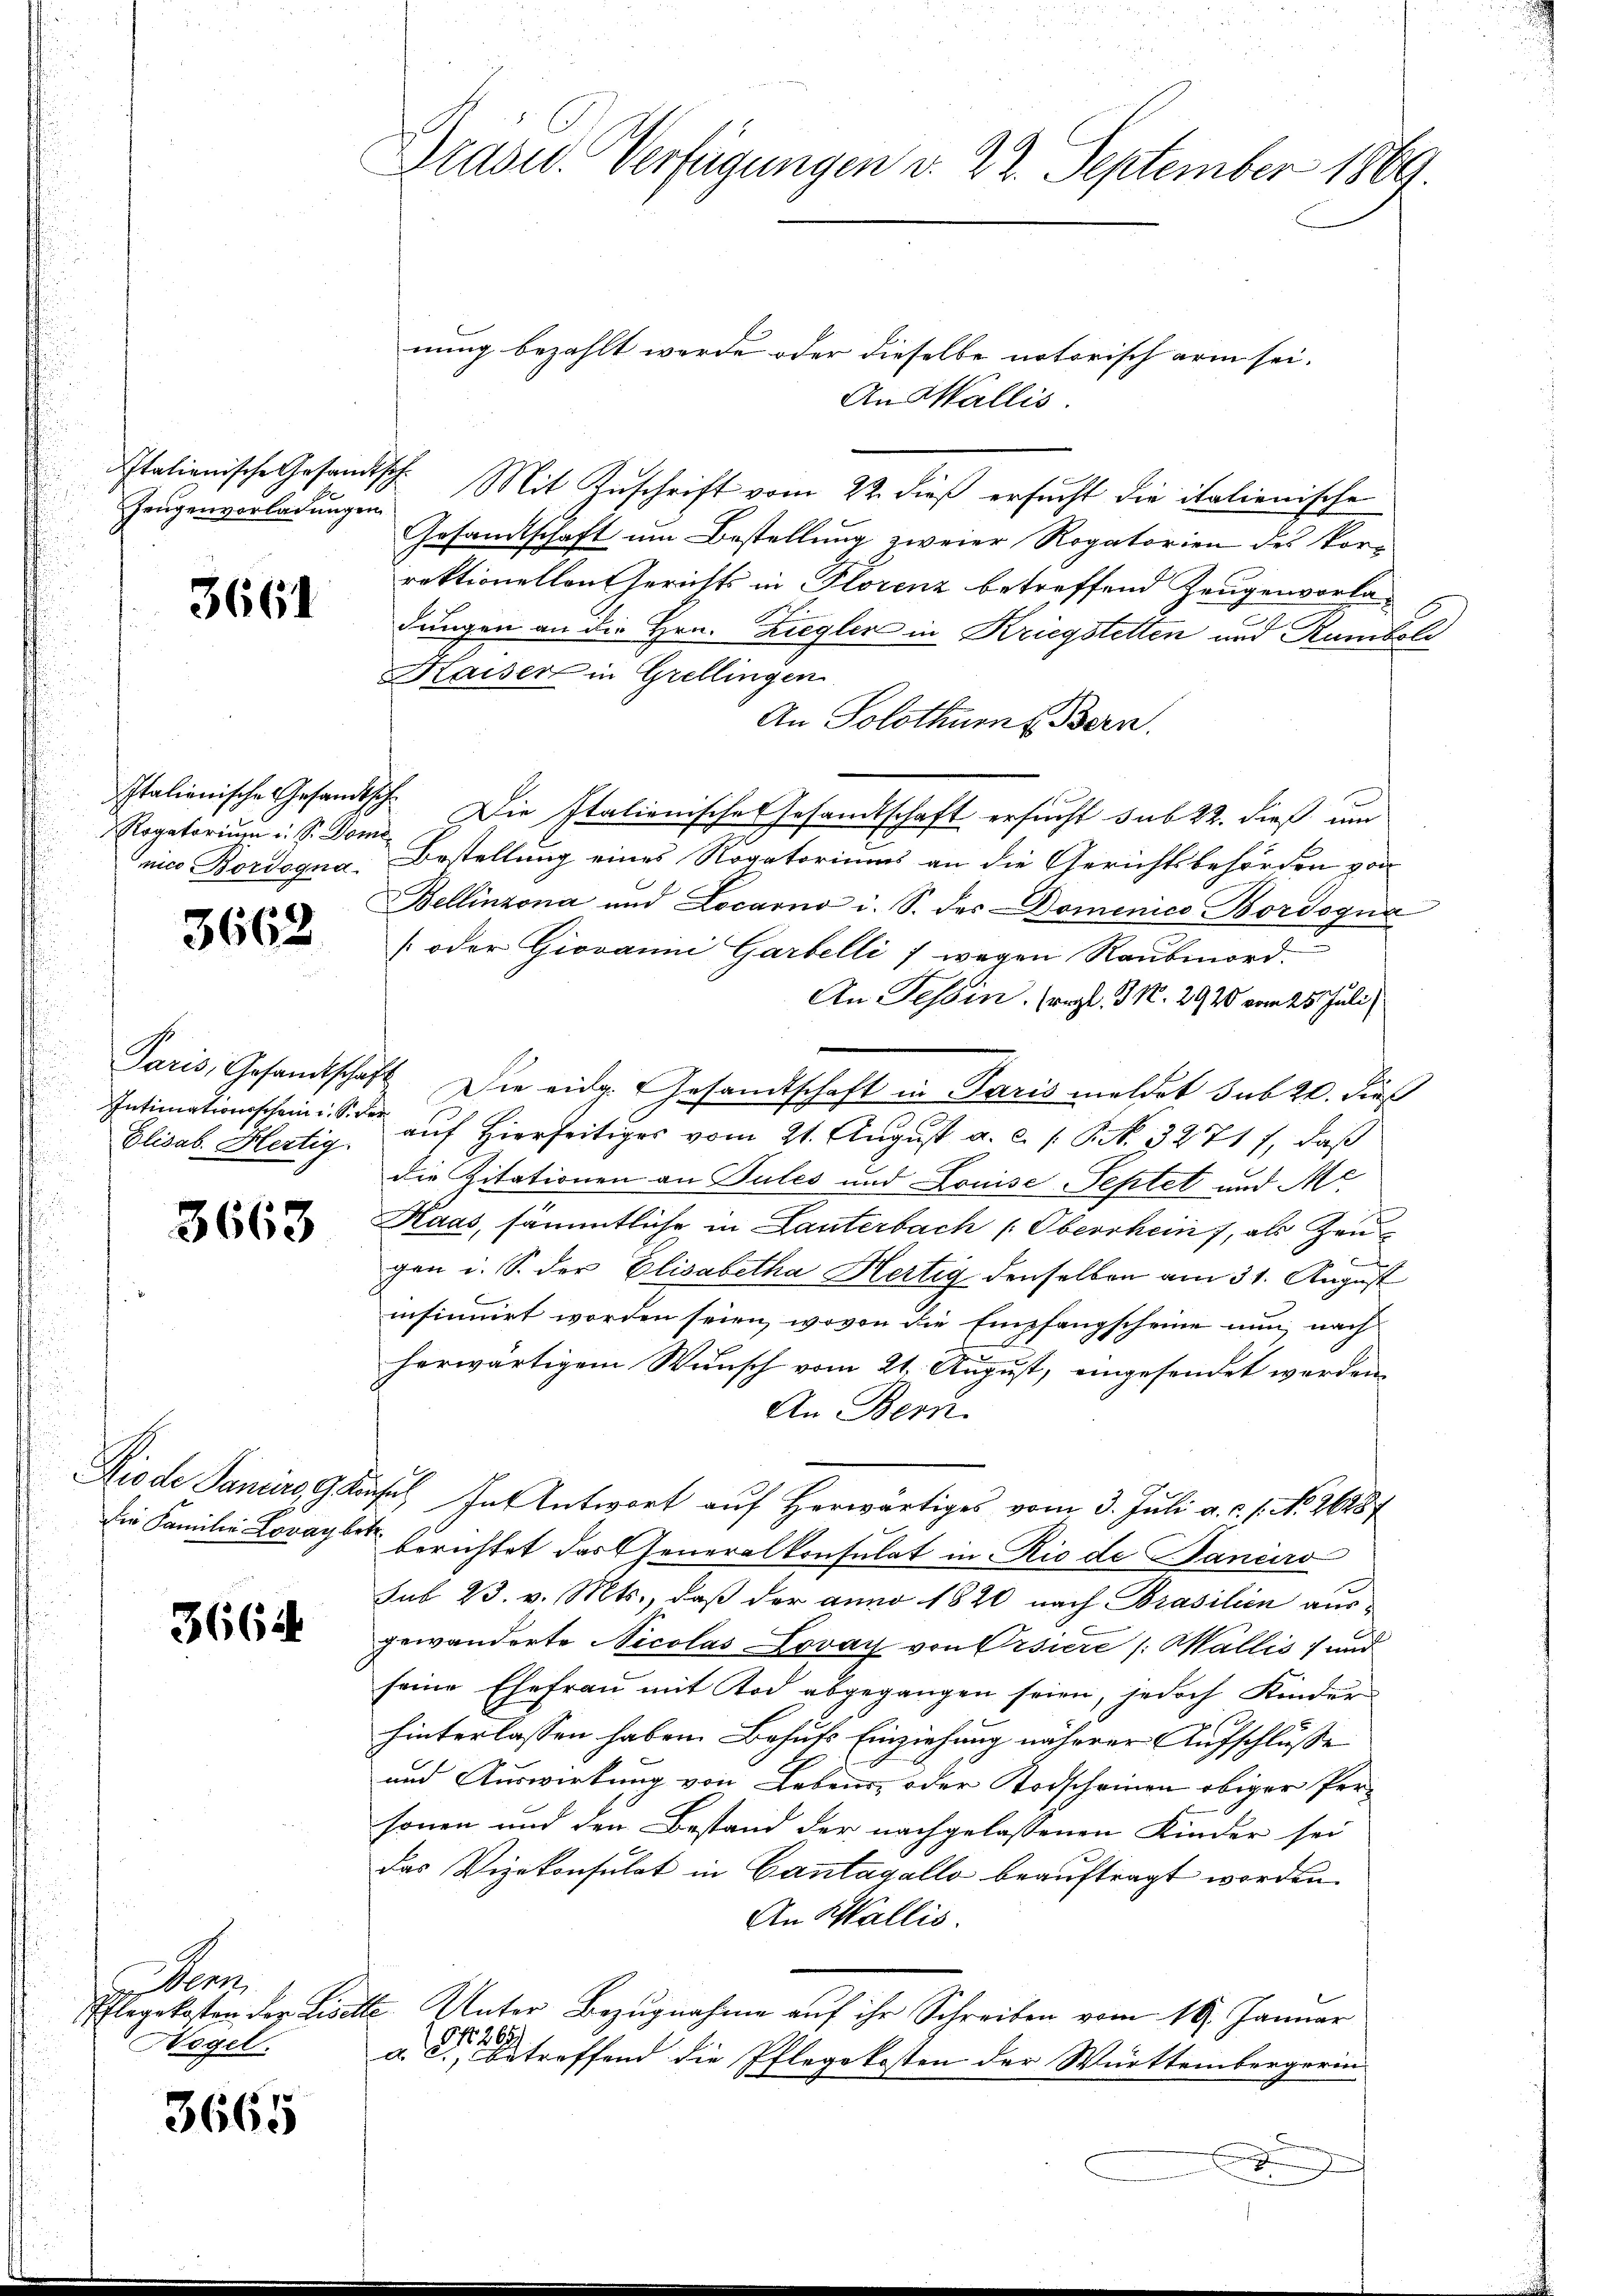
Zeugenvorladungen

3661

Rogatorium u. S. Domi
nic Bordogna

3662

Intimationsschein u. S. Re¬
Elisab. Hertig

3663

Diode Paniers, ga
die Familie Lovay be¬

36644

a
Pflegekosten der Lisa
Vogel.

3665

Grade. Verfügungen d. 22. September 1869.

nung bezahlt werde oder dieselbe notorisch arm sei.
An Wallis
Italienische Gesandtsch Mit Zuschrift vom 22. dieß ersucht die italienische
Gesandtschaft um Bestellung zweier Rogatorien des Vorrektionellons Gerichts in Florenz betreffend Zeugenvorladungen an die Hrn. Ziegler in Kriegstetten und Rumboli
Kaiser in Grellingen
An Solothurn, Bern.
Italionische Gesandtsch. Die Italienische Gesandtschaft ersucht sub 22. dieß um
Bestellung eines Rogatoriums an die Gerichtsbehörden von
Bellinzona und Locarno i. S. der Domenico Bordogna
[oder Giovanni Garbelli / wegen Raubmord-
An Tessin. (vgl. G. N. 2920 vom 25. Juli)
Paris, Gesamtschaft Die eidg. Gesandtschaft in Paris meldet sub 20. dieß
auf Hierseitiges vom 21. August a. c. 1. P. N. 32717, daß
die Zitationen an Pules und Louise Septet und Me
Haas, sämmtliche in Lanterbach Oberrhein, als Zeugen i. S. der Elisabetha Hertig denselben am 31. August
insinuirt worden seien, wovon die Empfangscheine nun, nach
.
herwärtigem Wunsch vom 21. August, eingesendet werden,
An Bern.
 Ias Antwort auf Herwärtiges vom 3. Juli a. c. 1. No. 26287
berichtet das Generalkonsulat in Rio de Janeiro
sub 23. v. Mts., daß der anno 1820 nach Brasilien aus
gewanderte Nicolas Lovay von Orsiere (Wallis f und
seine Ehefrau mit Tod abgegangen seien, jedoch Kinder
hinterlassen haben. Behufs Einziehung näherer Aufschluße
und Auswirkung von Lebens, oder Todscheinen obiger Perhonen und den Bestand der nachgelassenen Kinder sei
das Vizekonsulat in Cantagallo beauftragt worden.
An Wallis.
2. Unter Bezugnahme auf ihr Schreiben vom 16. Januar
1268)
a. c., betreffend die Pflegekosten der Württembergerin
E